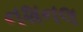
નશનલ